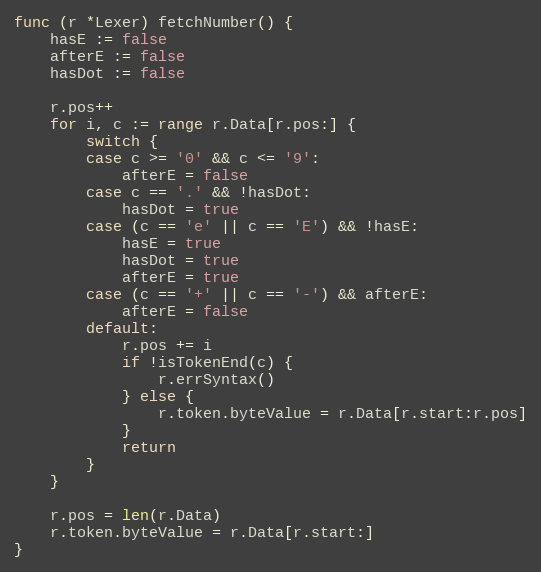
Language: Go
func (r *Lexer) fetchNumber() {
	hasE := false
	afterE := false
	hasDot := false

	r.pos++
	for i, c := range r.Data[r.pos:] {
		switch {
		case c >= '0' && c <= '9':
			afterE = false
		case c == '.' && !hasDot:
			hasDot = true
		case (c == 'e' || c == 'E') && !hasE:
			hasE = true
			hasDot = true
			afterE = true
		case (c == '+' || c == '-') && afterE:
			afterE = false
		default:
			r.pos += i
			if !isTokenEnd(c) {
				r.errSyntax()
			} else {
				r.token.byteValue = r.Data[r.start:r.pos]
			}
			return
		}
	}

	r.pos = len(r.Data)
	r.token.byteValue = r.Data[r.start:]
}